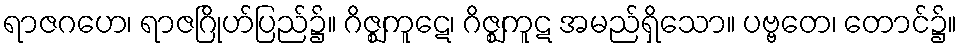
ရာဇဂဟေ၊ ရာဇဂြိုဟ်ပြည်၌။ ဂိဇ္ဈကူဋေ၊ ဂိဇ္ဈကူဋ အမည်ရှိသော။ ပဗ္ဗတေ၊ တောင်၌။